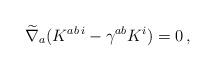
LaTeX: \begin{align*}\widetilde{\nabla}_a( K^{ a b\,i} -\gamma^{a b} K^i ) = 0\,,\end{align*}